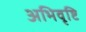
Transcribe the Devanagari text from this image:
अभिवृष्टि